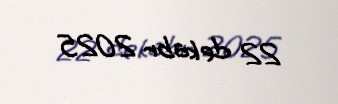
22 dekabr 2025